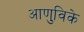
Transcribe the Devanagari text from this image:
आणुविके